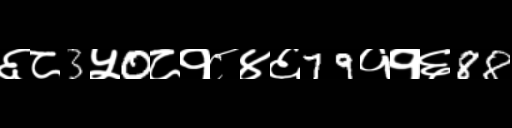
Text: ६८3५0८१८४६79११६88